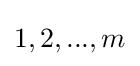
{1,2,...,m}